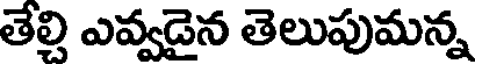
తేలి ఎవ్వడైన తెలుపుమన్న